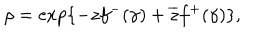
LaTeX: \rho = \exp \{ - z f ^ { - } ( \gamma ) + \overline { { { z } } } f ^ { + } ( \gamma ) \} ,